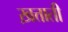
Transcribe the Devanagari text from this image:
ख़त्ताती